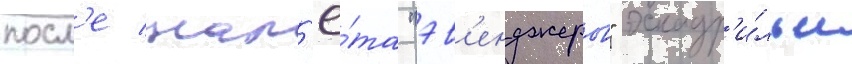
посл'е нал'ё́та "эв'енджеров" эскадр'и́льи